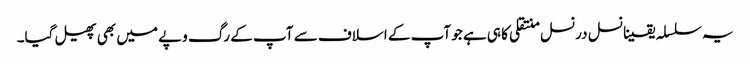
یہ سلسلہ یقینا نسل درنسل منتقلی کا ہی ہے جو آپ کے اسلاف سے آپ کے رگ وپے میں بھی پھیل گیا۔